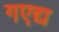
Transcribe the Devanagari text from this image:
गएद्य